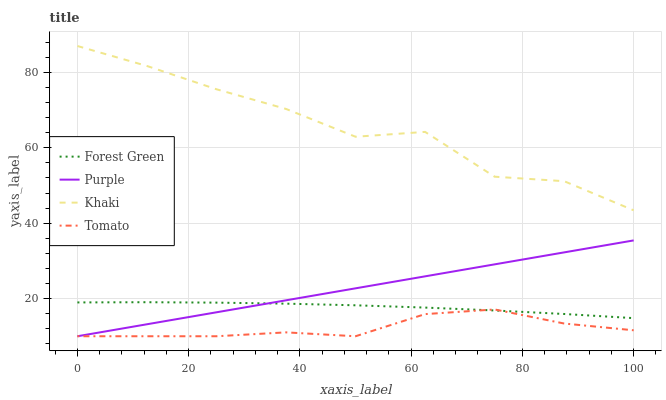
| xaxis_label | Forest Green | Purple | Khaki | Tomato |
 | --- | --- | --- | --- | --- |
 | 0 | 19 | 10 | 87 | 10 |
 | 12.5 | 19 | 13.2 | 81.7 | 10 |
 | 25 | 18.9 | 16.4 | 75.5 | 10 |
 | 37.5 | 18.6 | 19.5 | 70.3 | 11 |
 | 50 | 18.2 | 22.7 | 62.9 | 10 |
 | 62.5 | 17.6 | 25.9 | 64.2 | 15.9 |
 | 75 | 16.8 | 29.1 | 52.3 | 17.1 |
 | 87.5 | 15.9 | 32.3 | 51.1 | 13.4 |
 | 100 | 14.8 | 35.4 | 43.4 | 11.6 |